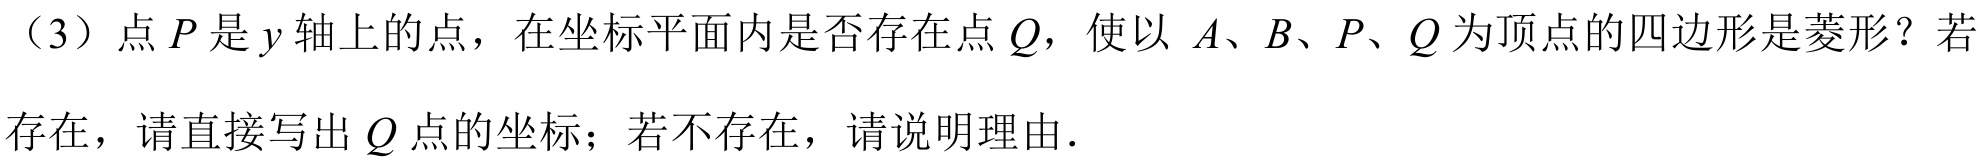
（3）点\(P\)是\(y\)轴上的点，在坐标平面内是否存在点\(Q\)，使以 \(A\)、\(B\)、\(P\)、\(Q\)为顶点的四边形是菱形？若
存在，请直接写出\(Q\)点的坐标；若不存在，请说明理由．